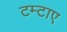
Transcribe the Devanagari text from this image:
टम्टाए